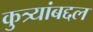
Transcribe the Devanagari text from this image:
कुत्र्यांबद्दल